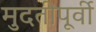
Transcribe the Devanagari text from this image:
मुदतीपूर्वी